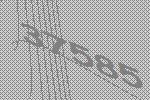
37585